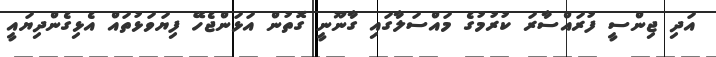
އަދި ޖިންސީ ފުރައްސާރަ ކުރުމުގެ މައްސަލާގައި ގާނޫނީ ގޮތުން އަޅަންޖެހޭ ފިޔަވަޅުތައް އެޅިގެންދިޔައީ